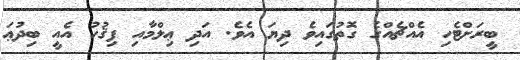
ބީރަށްޓެހި އެއްޗެއްގެ ގޮތުގައިވެ ދިޔަ އެވެ. އަދި ޢިލްމާއި ފިޤުހު އެއީ ބިދުޢަ